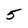
Character: 5